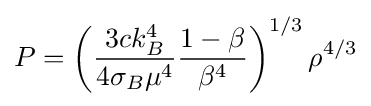
P=\left({\frac {3ck_{B}^{4}}{4\sigma _{B}\mu ^{4}}}{\frac {1-\beta }{\beta ^{4}}}\right)^{1/3}\rho ^{4/3}